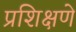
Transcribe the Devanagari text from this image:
प्रशिक्षणे